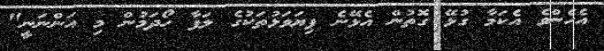
އެހެންވެ އެކަމާ ގުޅޭ ގޮތުން އެޅޭނެ ފިޔަވަޅުތަކުގެ ލަފާ ހޯދަމުން މި އަންނަނީ"